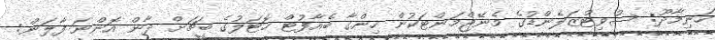
ހަނިމާދޫ: ސުވިޓްޒަލެންޑުގެ މެނޭޖްމަންޓަކުން ހިންގާ ބެއާފުޓް ހޮޓަލުގެ ބީޗަށް ދާން އޮންނަ ފާލަން: